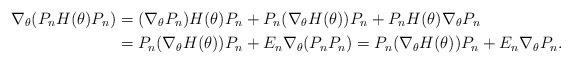
LaTeX: \begin{align*}\nabla_{\theta}(P_nH(\theta)P_n) &= (\nabla_{\theta}P_n)H(\theta)P_n + P_n(\nabla_{\theta}H(\theta))P_n + P_nH(\theta)\nabla_{\theta}P_n \\&= P_n(\nabla_{\theta}H(\theta))P_n + E_n\nabla_{\theta}(P_nP_n)=P_n(\nabla_{\theta}H(\theta))P_n + E_n\nabla_{\theta}P_n.\end{align*}